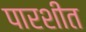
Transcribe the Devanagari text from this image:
पारशीत